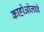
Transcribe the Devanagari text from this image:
काहोओलावे